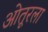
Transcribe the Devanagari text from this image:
ओतूरला